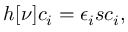
\begin{array} { l } { { \displaystyle h [ \nu ] c _ { i } = \epsilon _ { i } s c _ { i } } , } \end{array}